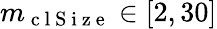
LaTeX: m_{\mathrm{~c~l~S~i~z~e~}}\in\left[2,30\right]